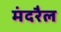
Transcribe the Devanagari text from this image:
मंदरैल